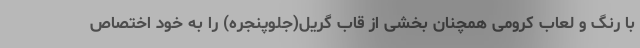
با رنگ و لعاب کرومی همچنان بخشی از قاب گریل(جلوپنجره) را به خود اختصاص